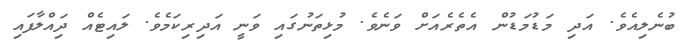
ބުނެލިއެވެ. އަދި މަޑުމަޑުން އެތެރެއަށް ވަނެވެ. މުޅިތަނުގައި ވަނީ އަދިރިކަމެވެ. ލައިޓެއް ދިައްލާފައި